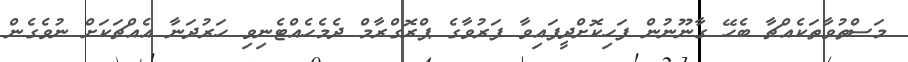
މަސްތުވާތަކެއްޗާ ބެހޭ ގާނޫނުން ފަހިކޮށްދީފައިވާ ފަރުވާގެ ޕްރޮގްރާމް ދެމެހެއްޓެނިވި ހަރުދަނާ އެއްޗަކަށް ނުވެގެން